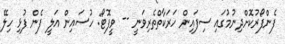
ފެންފޯރުކޮށްދިނުމުގައި ސިފައިން ހަރަކާތްތެރިވަނީ -- ވީފޮޓޯ: ހުސައިން އަލީ ފެން ފުޅި ހިލޭ